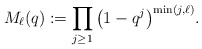
\begin{gather*}M_{\ell}(q) :=\prod_{j \ge 1} \big(1-q^{j}\big)^{\min(j,\ell)}.\end{gather*}